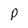
Character: p